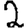
Digit: 2